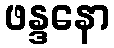
ဖန္ဒနော